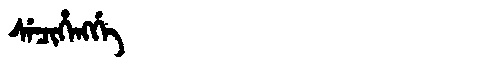
Manchu: ᠰᡝᠴᡳᡥᡝᠩᡤᡝ
Romanization: SECIHENGGE